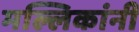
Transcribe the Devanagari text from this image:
मल्लिकांनी